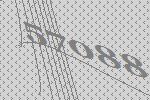
57088